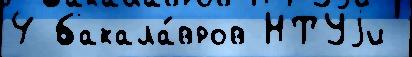
4 бакала́вров НТУjи